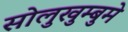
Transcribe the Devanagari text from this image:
सोलुखुम्बुमे